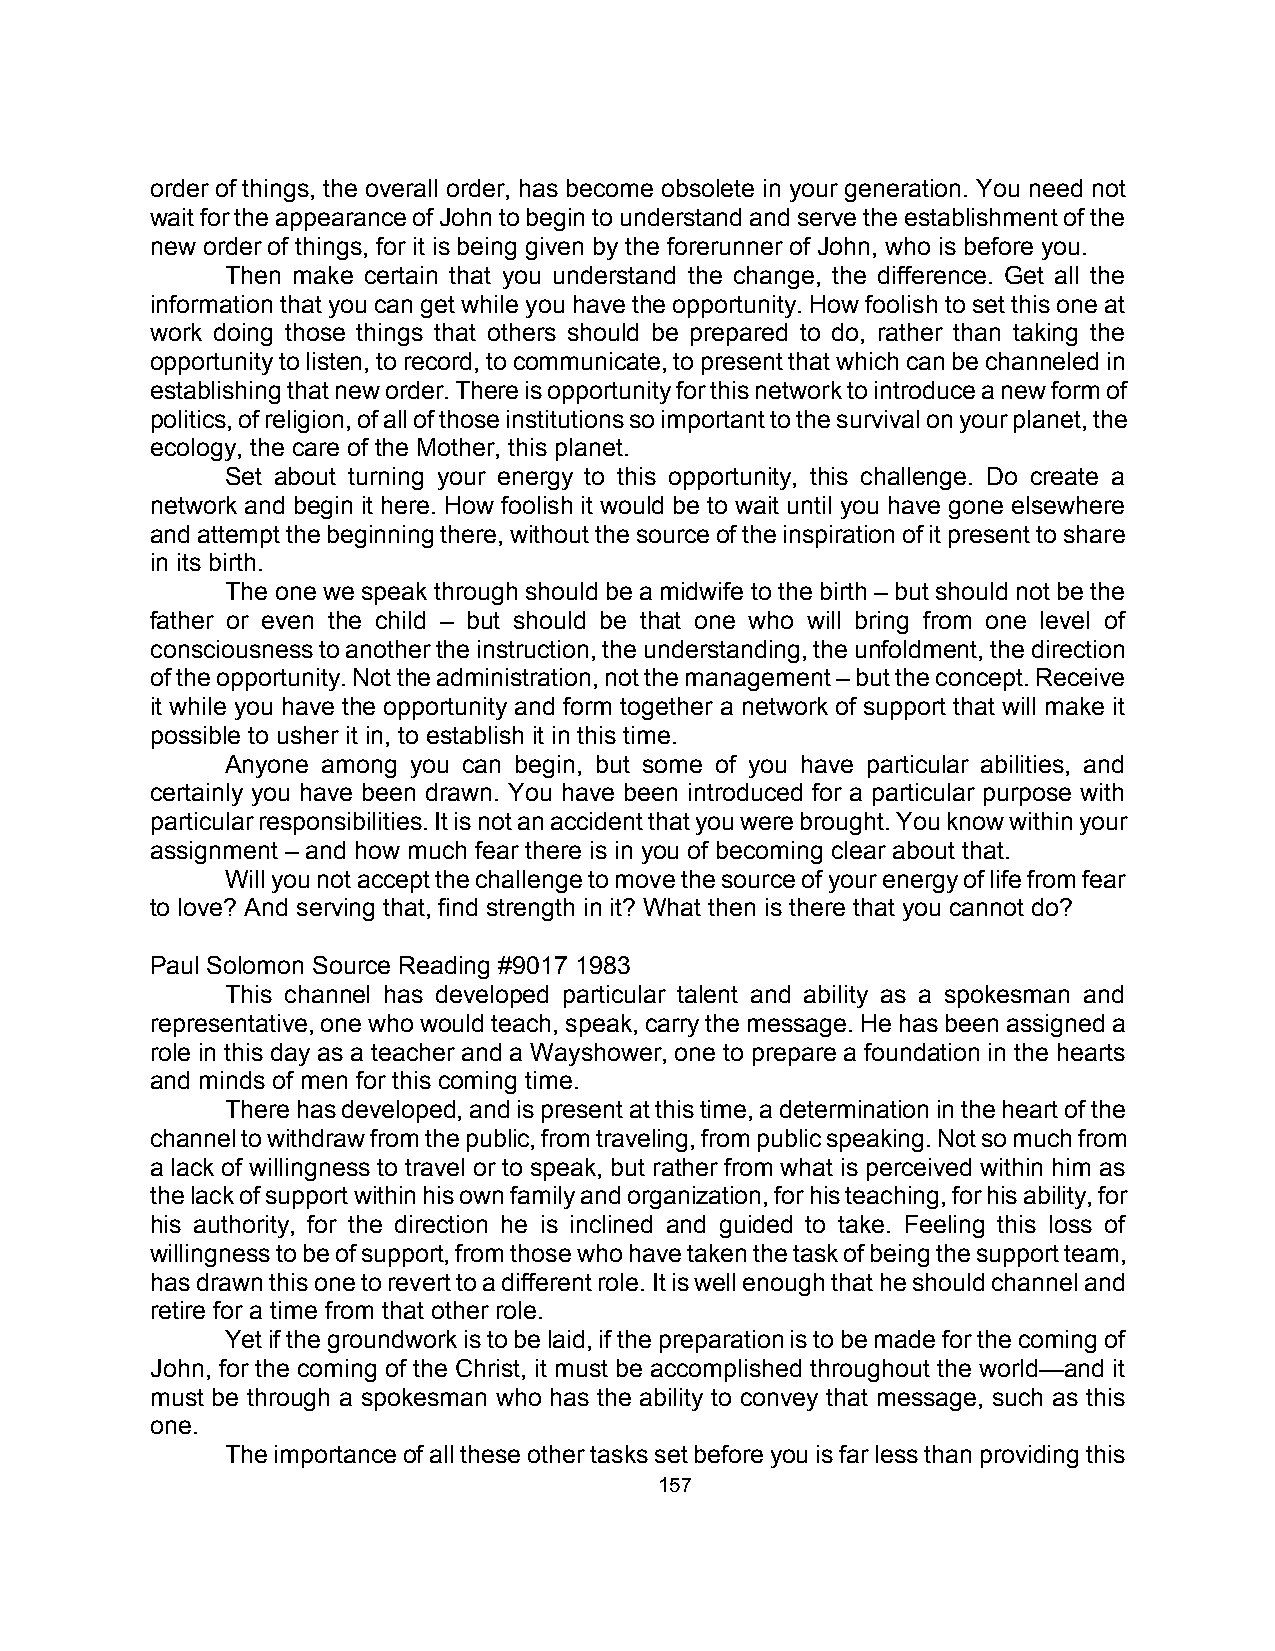
order of things, the overall order, has become obsolete in your generation. You need not
 wait for the appearance of John to begin to understand and serve the establishment of the
 new order of things, for it is being given by the forerunner of John, who is before you.
 Then make certain that you understand the change, the difference. Get all the
 information that you can get while you have the opportunity. How foolish to set this one at
 work doing those things that others should be prepared to do, rather than taking the
 opportunity to listen, to record, to communicate, to present that which can be channeled in
 establishing that new order. There is opportunity for this network to introduce a new form of
 politics, of religion, of all of those institutions so important to the survival on your planet, the
 ecology, the care of the Mother, this planet.
 Set about turning your energy to this opportunity, this challenge. Do create a
 network and begin it here. How foolish it would be to wait until you have gone elsewhere
 and attempt the beginning there, without the source of the inspiration of it present to share
 in its birth.
 The one we speak through should be a midwife to the birth – but should not be the
 father or even the child – but should be that one who will bring from one level of
 consciousness to another the instruction, the understanding, the unfoldment, the direction
 of the opportunity. Not the administration, not the management – but the concept. Receive
 it while you have the opportunity and form together a network of support that will make it
 possible to usher it in, to establish it in this time.
 Anyone among you can begin, but some of you have particular abilities, and
 certainly you have been drawn. You have been introduced for a particular purpose with
 particular responsibilities. It is not an accident that you were brought. You know within your
 assignment – and how much fear there is in you of becoming clear about that.
 Will you not accept the challenge to move the source of your energy of life from fear
 to love? And serving that, find strength in it? What then is there that you cannot do?
 Paul Solomon Source Reading #9017 1983
 This channel has developed particular talent and ability as a spokesman and
 representative, one who would teach, speak, carry the message. He has been assigned a
 role in this day as a teacher and a Wayshower, one to prepare a foundation in the hearts
 and minds of men for this coming time.
 There has developed, and is present at this time, a determination in the heart of the
 channel to withdraw from the public, from traveling, from public speaking. Not so much from
 a lack of willingness to travel or to speak, but rather from what is perceived within him as
 the lack of support within his own family and organization, for his teaching, for his ability, for
 his authority, for the direction he is inclined and guided to take. Feeling this loss of
 willingness to be of support, from those who have taken the task of being the support team,
 has drawn this one to revert to a different role. It is well enough that he should channel and
 retire for a time from that other role.
 Yet if the groundwork is to be laid, if the preparation is to be made for the coming of
 John, for the coming of the Christ, it must be accomplished throughout the world—and it
 must be through a spokesman who has the ability to convey that message, such as this
 one.
 The importance of all these other tasks set before you is far less than providing this
 157